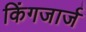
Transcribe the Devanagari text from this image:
किंगजार्ज